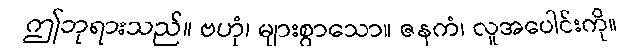
ဤဘုရားသည်။ ဗဟုံ၊ များစွာသော။ ဇနကံ၊ လူအပေါင်းကို။